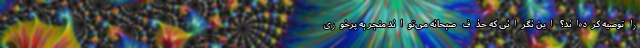
را توصیه کرده‌اند؟ این نگرانی که حذف صبحانه می‌تواند منجر به پرخوری